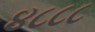
૪૮૮૮